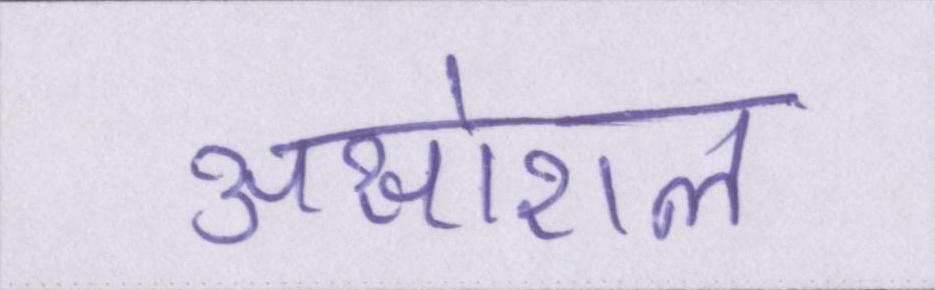
असोशल